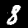
Digit: 8